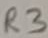
Text: R3